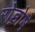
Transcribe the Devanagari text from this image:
रोड़ोषे